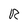
Character: R